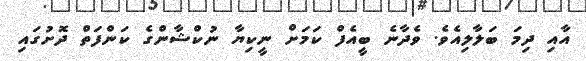
އާއި ދިމަ ބަލާލިއެވެ. ވެދާނެ ބީއެފް ކަމަށް ނީކިޔާ ނުކްޝާންގެ ކަންފަތް ދޮށުގައި